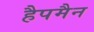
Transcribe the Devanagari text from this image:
हैपमैन